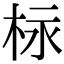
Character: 柡